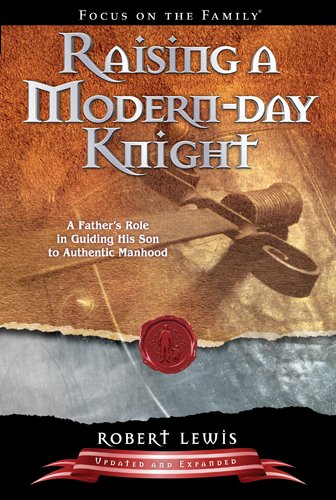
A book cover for Raising a Modern-Day Knight: A Father's Role in Guiding His Son to Authentic Manhood; Robert Lewis; Christian Books & Bibles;